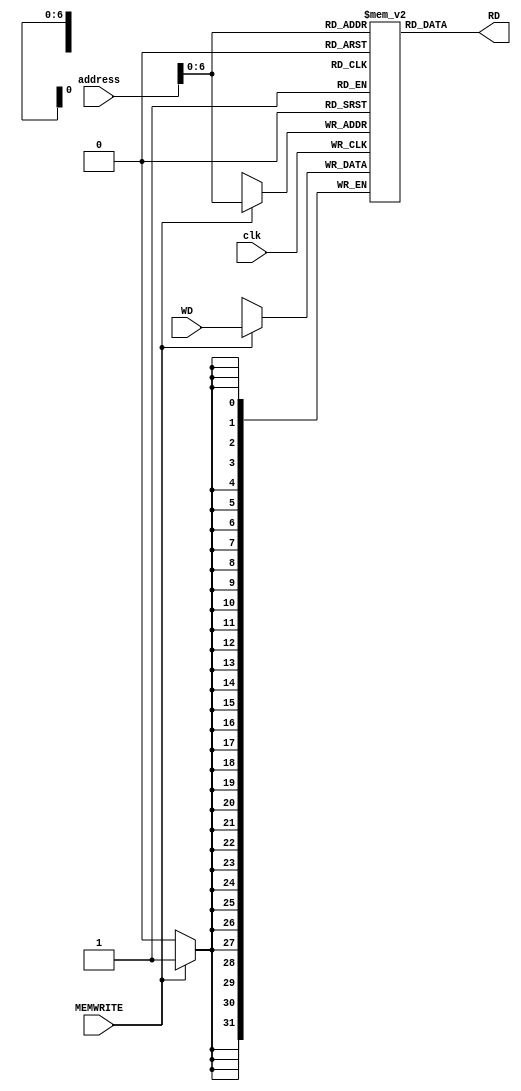
`timescale 1ns / 1ps

module data_memory( // ram
    input clk,
    input MEMWRITE,
    input [31:0] address,
    input [31:0] WD,
    output [31:0] RD
    );
    
    reg [31:0] mem [0:99];
    integer i;
    
    initial
        for(i = 0; i < 100; i = i + 1)
            begin
                mem[i] = 0;
            end
    assign RD = mem[address];
    always@(posedge clk)
        begin
            if(MEMWRITE)
                mem[address] = WD;
        end
            
endmodule